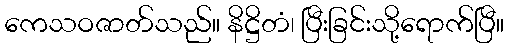
ကေသဝဇာတ်သည်။ နိဋ္ဌိတံ၊ ပြီးခြင်းသို့ရောက်ပြီ။